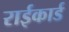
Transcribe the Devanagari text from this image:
राईकार्ड